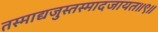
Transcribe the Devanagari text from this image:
तस्माद्यजुस्तस्मादजायत॥९॥